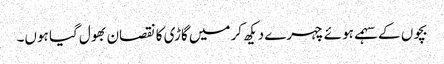
بچوں کے سہمے ہوئے چہرے دیکھ کر میں گاڑی کا نقصان بھول گیا ہوں۔